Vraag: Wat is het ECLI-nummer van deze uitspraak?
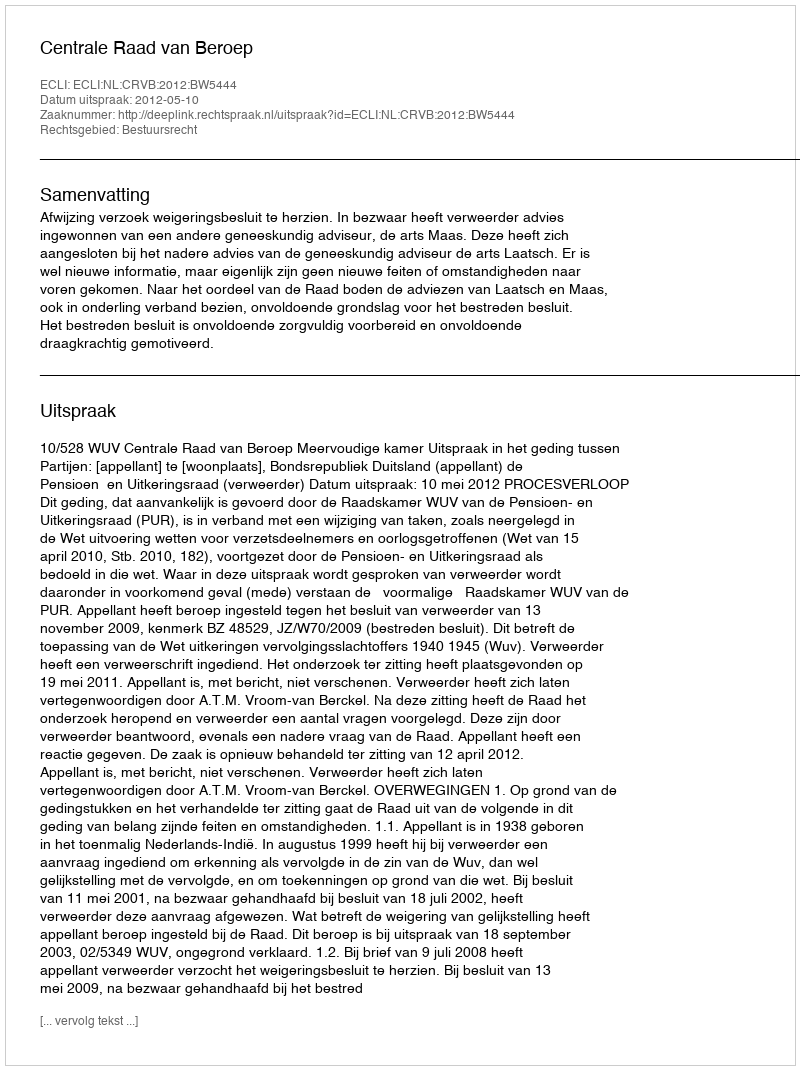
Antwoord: ECLI:NL:CRVB:2012:BW5444